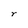
Character: r